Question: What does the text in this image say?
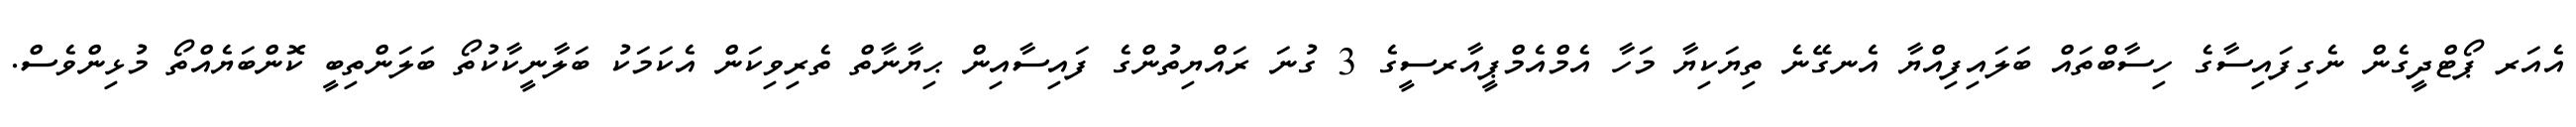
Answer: އެއަރ ޕޯޓްދީގެން ނެގިފައިސާގެ ހިސާބްތައް ބަލައިފިއްޔާ އެނގޭނެ ތިޔަކިޔާ މަހާ އެމްއެމްޕީއާރސީގެ 3 ގުނަ ރައްޔިތުންގެ ފައިސާއިން ޙިޔާނާތް ތެރިވިކަން އެކަމަކު ބަލާނީކާކުތޯ ބަލަންތިބީ ކޮންބަޔެއްތޯ މުޅިންވެސް.